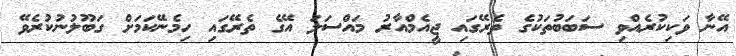
އޭނާ ވަކިކުރެއްވި ސަބަބުތަކުގެ ތެރޭގައި ޖީއެމްއާރު މައްސަލަ އޭގެ ތެރޭގައި ހިމެނޭކަމަށް ގަބޫލުނުކުރެވޭ